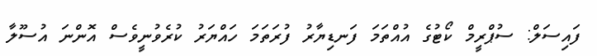
ފައިސަލް: ސުޕްރީމް ކޯޓުގެ އުއްތަމަ ފަނޑިޔާރު ފުރަތަމަ ހައްޔަރު ކުރެވުނީވެސް އޮންނަ އުސޫލާ